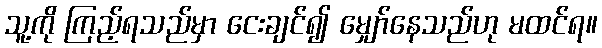
သူ့ကို ကြည့်ရသည်မှာ ငေးချင်၍ မျှော်နေသည်ဟု မထင်ရ။